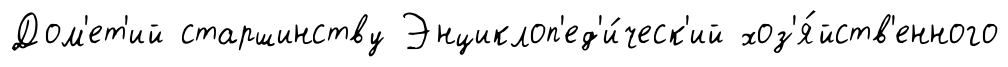
Дом'ет'ий старшинству Энциклоп'ед'и́ческ'ий хоз'я́йств'енного